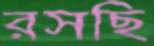
রসছি